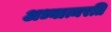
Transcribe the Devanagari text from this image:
अध्यात्मरति